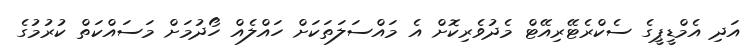
އަދި އެމްޑީޕީގެ ސެކްރެޓޭރިއޭޓް މެދުވެރިކޮށް އެ މައްސަލަތަކަށް ހައްލެއް ހޯދުމަށް މަސައްކަތް ކުރުމުގެ